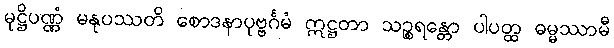
မုဋ္ဌိပဏ္ဏံ မနုပဿတိ စောဒနာပုဗ္ဗင်္ဂမံ ဣဋ္ဌတာ သဉ္စရန္တော ပါပတ္ထ ဓမ္မဿာမီ